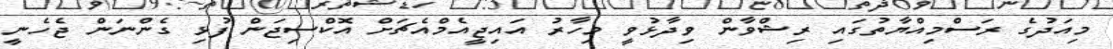
މިއަދުގެ ރަސްމިއްޔާތުގައި ރިޝްވާން ވިދާޅުވީ މިހާރު އައިޖީއެމްއެޗަށް އޮކްސިޖަން ފުޅި ގެންނަން ޖެހެނީ